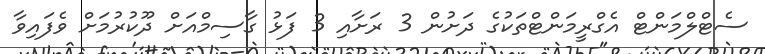
ސެޓްލްމަންޓް އެގްރީމަންޓްތަކުގެ ދަށުން 3 ރަށާއި 3 ފަޅު ގާސިމްއަށް ދޫކުރުމަށް ވެފައިވާ